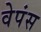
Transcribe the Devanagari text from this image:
वेपंस